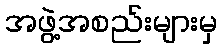
အဖွဲ့အစည်းများမှ